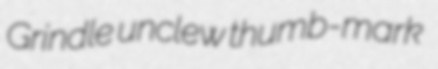
Grindle unclew thumb-mark